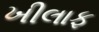
ખીલાફ